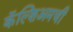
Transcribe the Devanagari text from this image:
कॅल्शिअमची